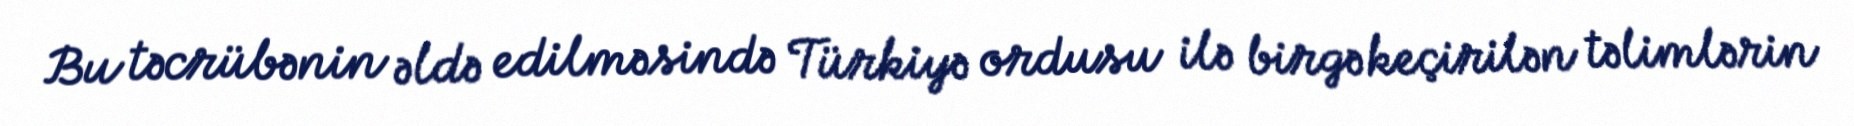
Bu təcrübənin əldə edilməsində Türkiyə ordusu ilə birgə keçirilən təlimlərin